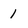
Character: 1